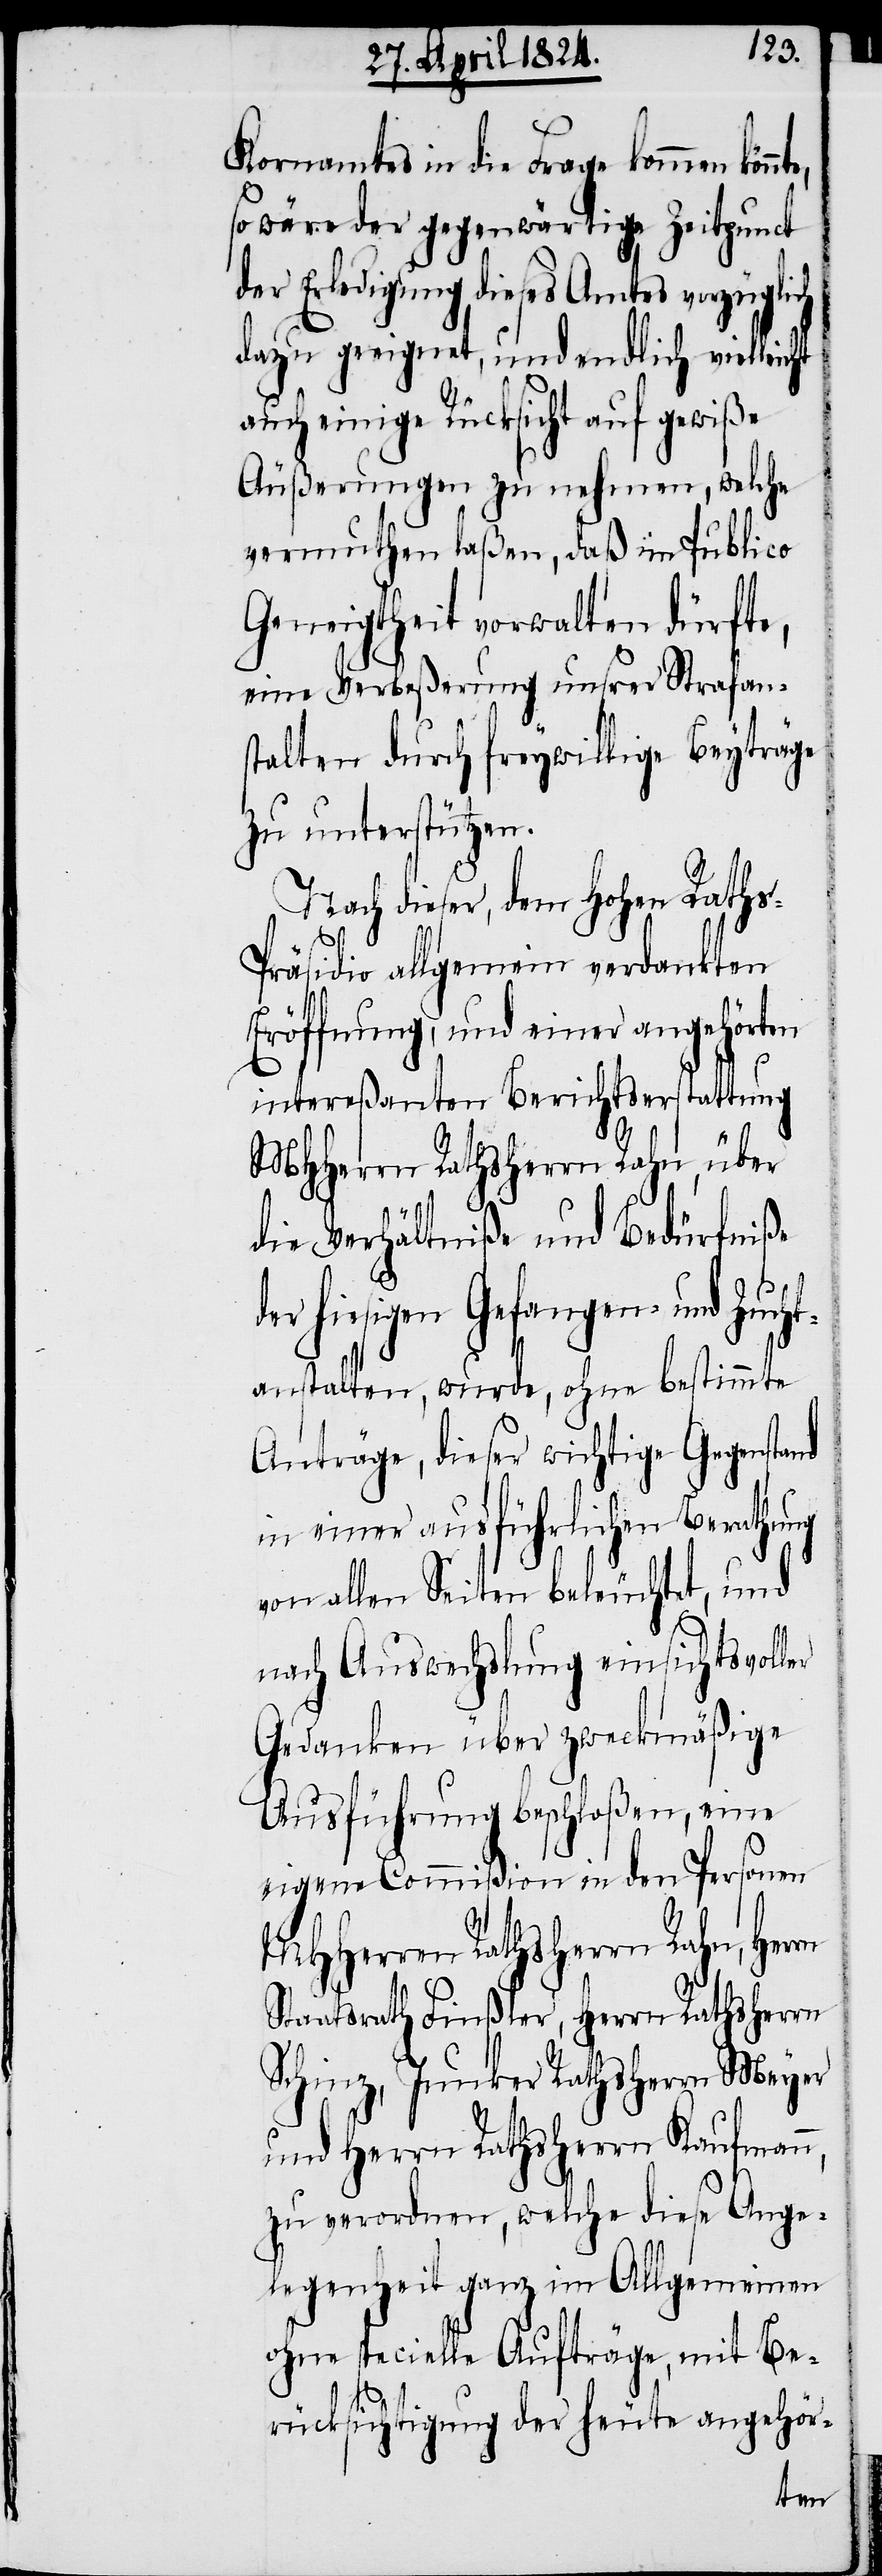
Kornamtes in die Frage kommen könn¬
so wäre der gegenwärtige Zeitpunct
der Erledigung dieses Amtes vorzüglich
dazu geeignet, und endlich vielleic¬
auch einige Rücksicht auf gewiße
Äußerungen zu nehmen, welche
vermuthen laßen, daß im Publico
Geneigtheit vorwalten dürfte,
eine Verbeßerung unsrer Strafan¬
stalten durch freywillige Beyträge
zu unterstützen.
Nach dieser, dem hohen Raths-P¬
räsidio allgemein verdankten
Eröffnung, und einer angehörten
intereßanten Berichtserstattung
MHHerren Rathsherrn Rahn, Herrn
die Verhältniße und Bedürfniße
der hiesigen Gefangen- und Zucht¬
anstalten, wurde, ohne bestimmte
Anträge, dieser wichtige Gegenstand
in einer ausführlichen Berathung
von allen Seiten beleuchtet, und
nach Auswechslung einsichtsvoller
Gedanken über zweckmäßige
Ausführung beschloßen, eine
eigene Commißion in den Personen
Staatsrath Finßler, Herrn Rathsherrn
Schinz, Junker Rathsherrn Meyer
und Herrn Rathsherrn Kaufmann,
zu verordnen, welche im Allge¬
ohne specielle Aufträge, mit Be¬
rücksichtigung der heute angehör-
meinen